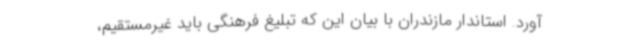
آورد. استاندار مازندران با بیان این که تبلیغ فرهنگی باید غیرمستقیم،